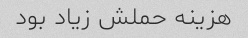
هزینه حملش زیاد بود